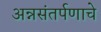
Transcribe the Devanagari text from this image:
अन्नसंतर्पणाचे